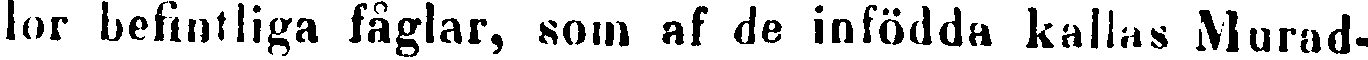
lor befintliga fåglar, som af de infödda kallas Murad-